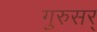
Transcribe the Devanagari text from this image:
गुरुसर्